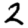
Digit: 2